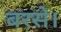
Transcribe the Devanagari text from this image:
बरसे।